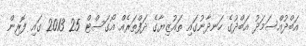
އަބްދުއްސަމަދު އަބްދުގެ ހަނދާނުގައި ތައުޒިޔާގެ ދަފްތަރެއް އޯގަސްޓް 25 2013 ގައި ފޮރިން